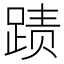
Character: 𲃫